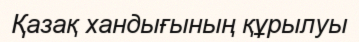
Қазақ хандығының құрылуы